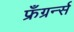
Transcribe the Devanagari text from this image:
फ्रँग्रर्न्स